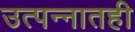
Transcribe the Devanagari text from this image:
उत्पन्नातही